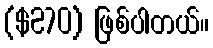
($270) ဖြစ်ပါတယ်။